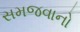
સમજવાનો